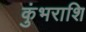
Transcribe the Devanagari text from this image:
कुंभराशि